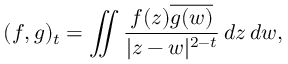
( f , g ) _ { t } = \iint { \frac { f ( z ) { \overline { { g ( w ) } } } } { | z - w | ^ { 2 - t } } } \, d z \, d w ,